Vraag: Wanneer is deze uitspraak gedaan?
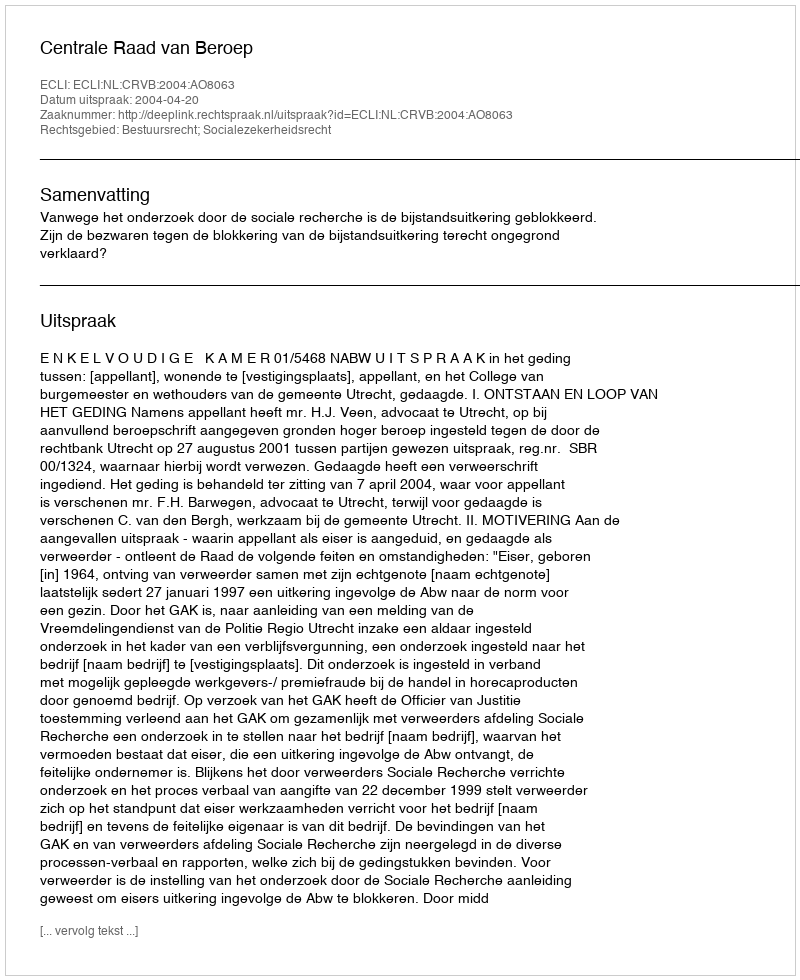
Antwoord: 2004-04-20